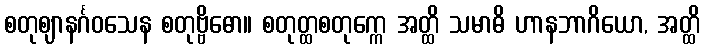
စတုဈာနင်္ဂဝသေန စတုဗ္ဗိဓော။ စတုတ္ထစတုက္ကေ အတ္ထိ သမာဓိ ဟာနဘာဂိယော, အတ္ထိ